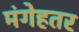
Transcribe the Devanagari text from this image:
मंगेहतर